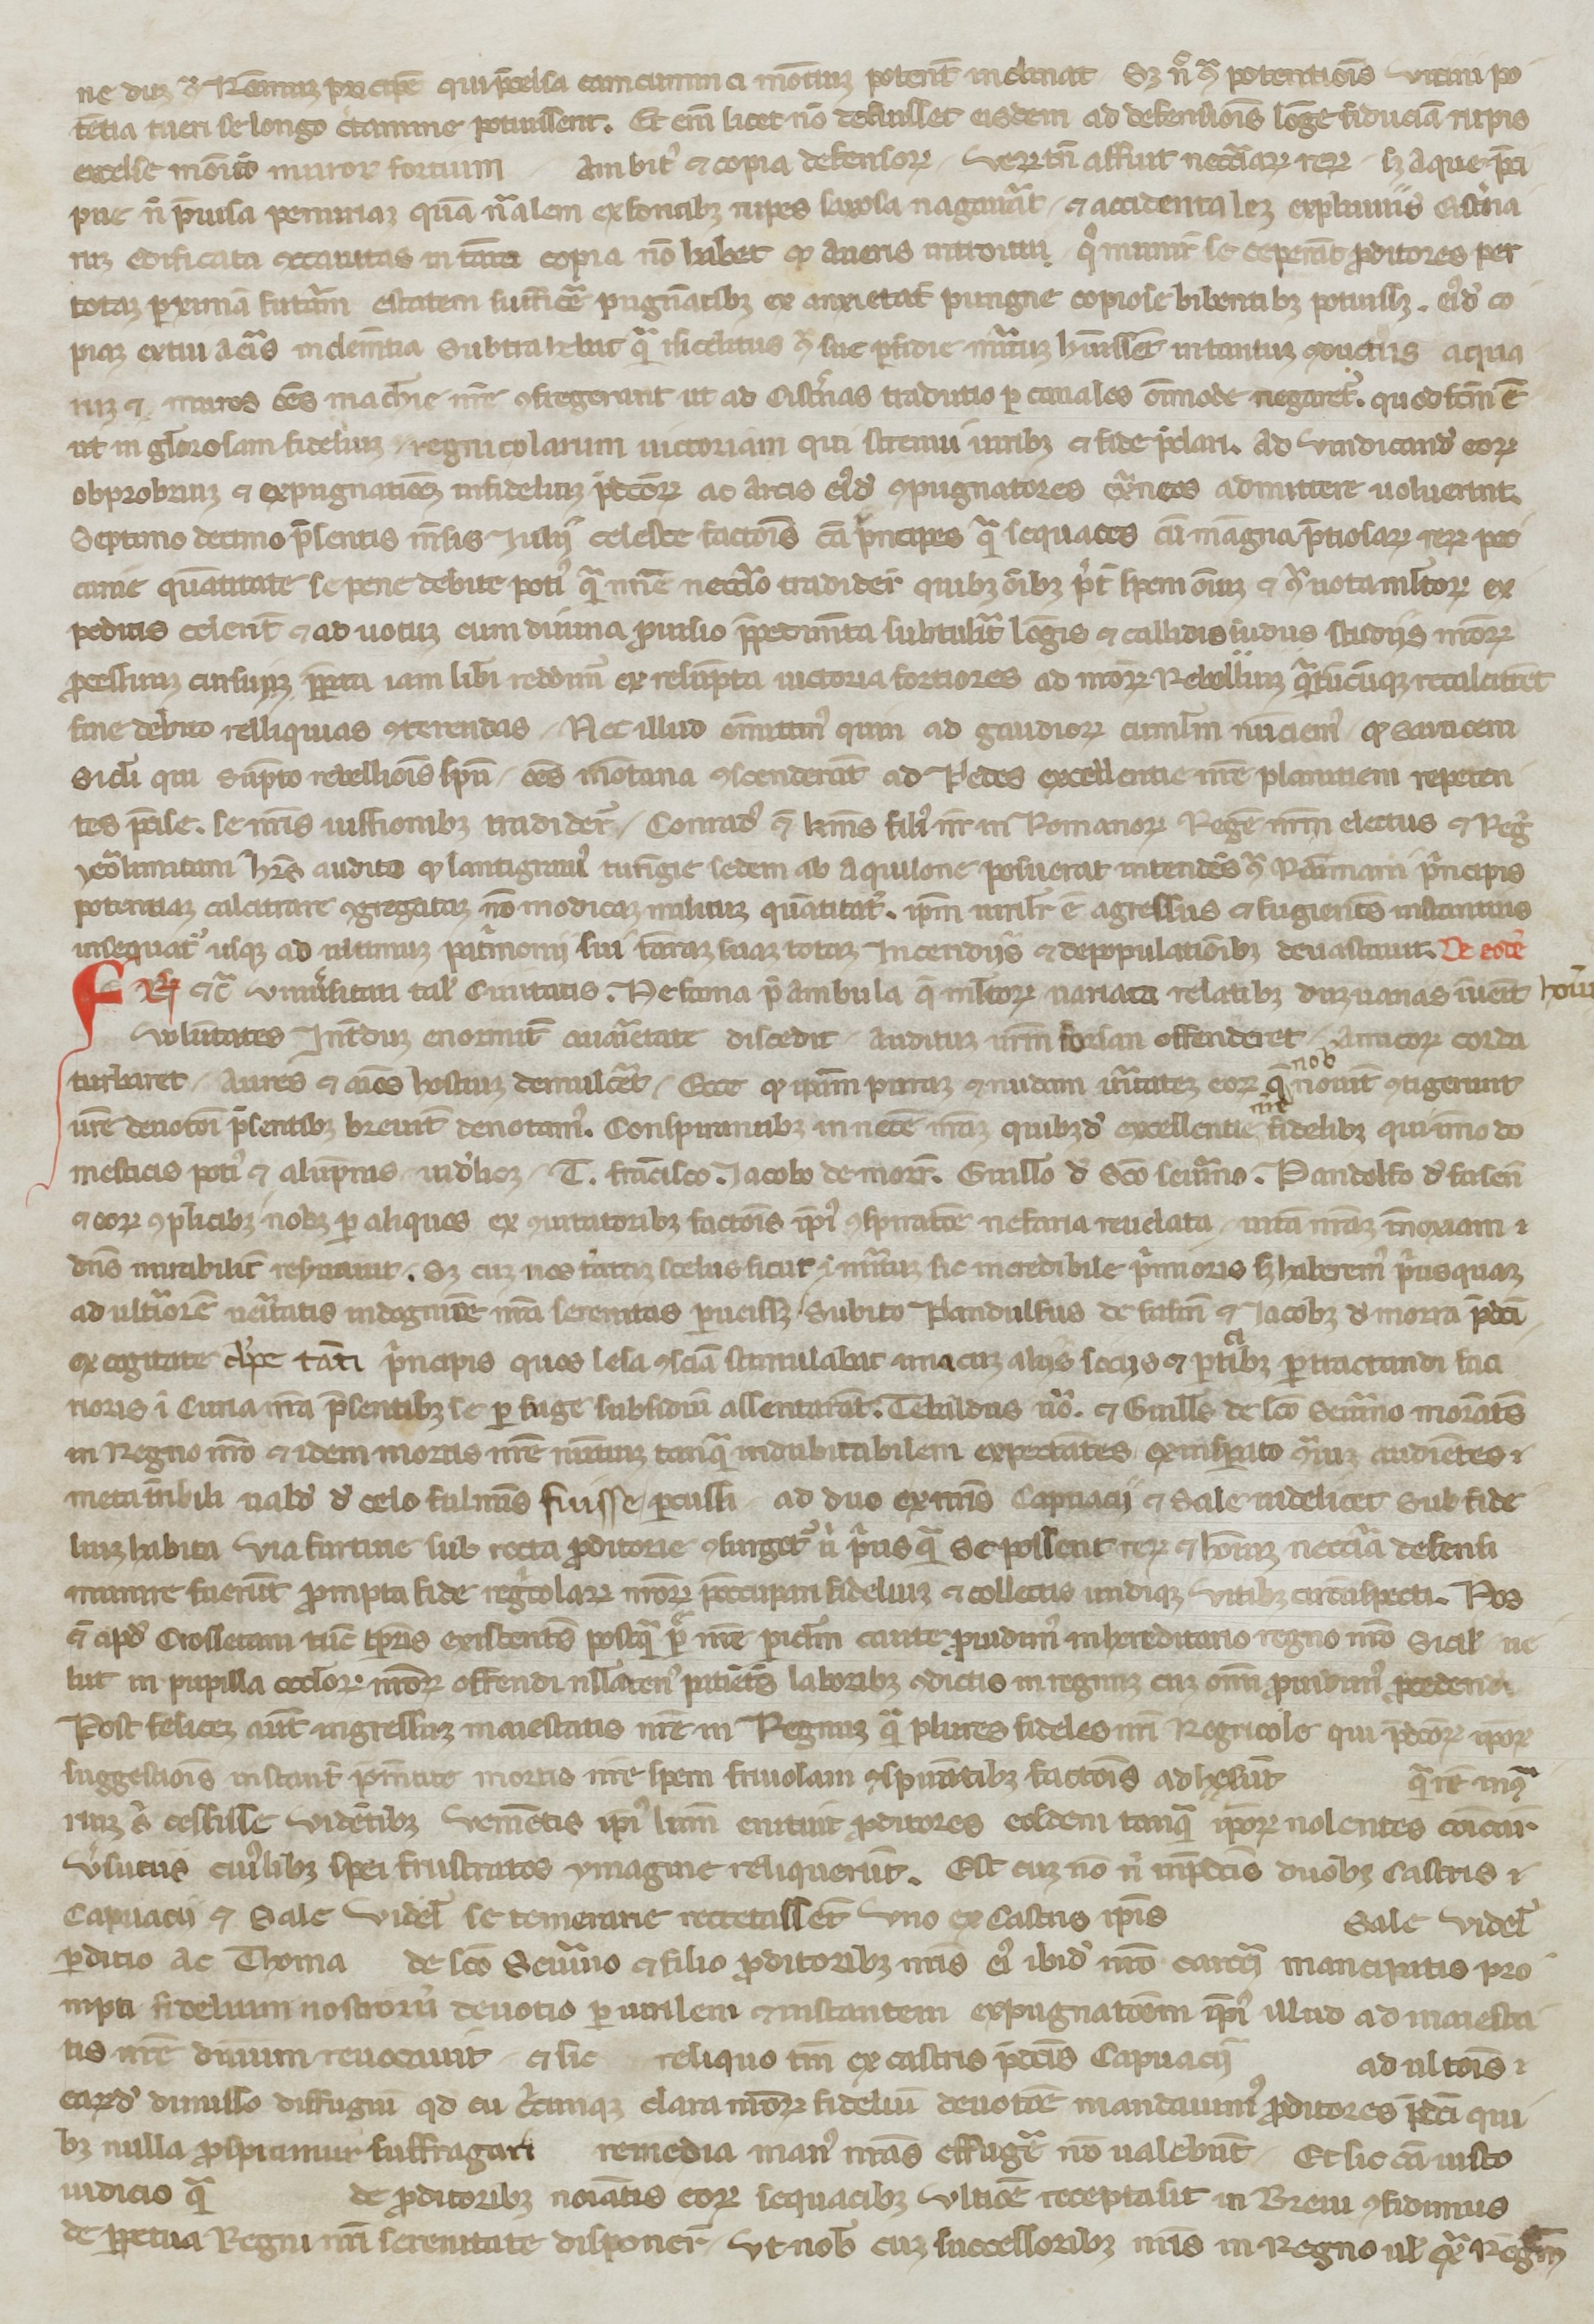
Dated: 1250–1299